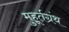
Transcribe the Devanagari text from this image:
मुहूर्तग्रंथ